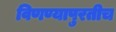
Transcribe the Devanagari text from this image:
विणण्यापुरतीच